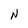
Character: N